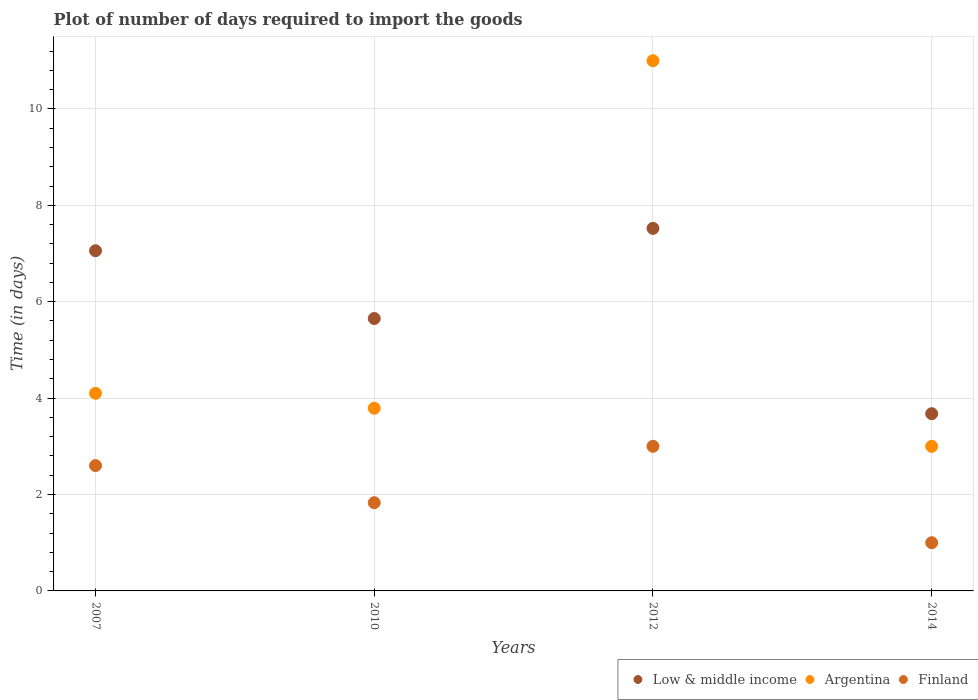
| Years | Low & middle income | Argentina | Finland |
 | --- | --- | --- | --- |
 | 2007 | 7.06 | 4.1 | 2.6 |
 | 2010 | 5.65 | 3.79 | 1.83 |
 | 2012 | 7.52 | 11 | 3 |
 | 2014 | 3.68 | 3 | 1 |